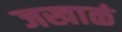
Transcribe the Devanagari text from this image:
जखाळं